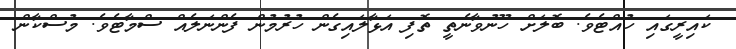
ކައިރީގައި ހުއްޓެވެ. ބޮލަށް ހޫނުވާނެތީ ތޮފި އަޅާލައިގެން ހުރުމުން ފެންނަލެއް ސްމާޓެވެ. މުސްކާން